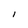
Character: I